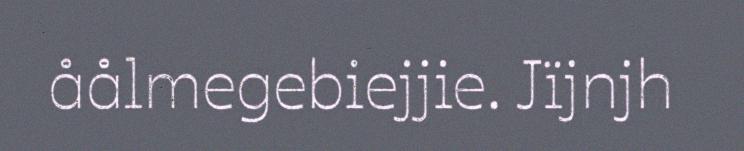
åålmegebiejjie. Jïjnjh